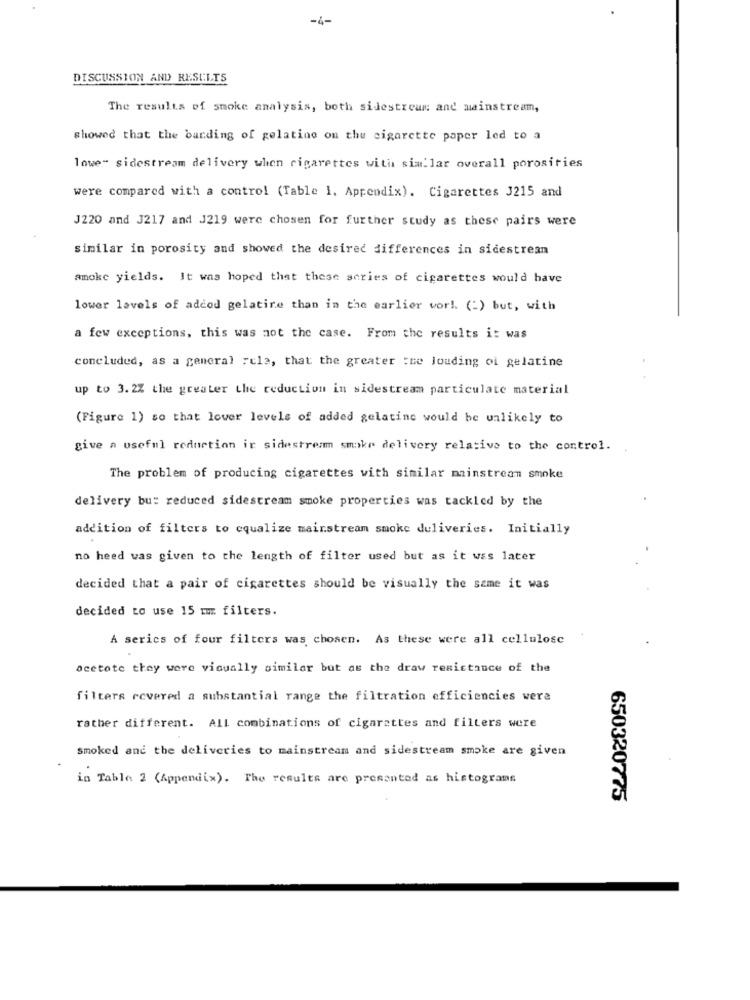
-4-
DISCUSSION AND RESULTS
The results of smoke analysis, both sidestream and mainstream,
showed that the banding of gelatino on thu cigarette paper led to a
lowe" sidestream delivery when cigarettes with similar overall porosities
were compared with a control (Table 1. Appendix). Cigarettes 3215 and
J220 and J217 and J219 were chosen for further study as these pairs were
similar in porosity and showed the desired differences in sicestrean
amoke yields. It was hoped that these series of cigarettes would have
lower levels of added gelatire than in the earlier wor !. (:) but, with
a few exceptions, this was not the case. From the results it was
concluded, as a general rela, that the greater :me louding oi gelatine
up to 3. 2% the greater the reduction in sidestream particulate material
(Figure 1) so that lower levels of added gelatine would be unlikely to
give a useful reduction ir sidestream smoke delivery relative to the control.
The problem of producing cigarettes vith similar mainstream smoke
delivery bu: reduced sidestream smoke properties was tackled by the
addition of filters to equalize mainstream smoke deliveries. Initially
no heed was given to the length of filter used but as it was later
decided that a pair of cigarettes should be visually the same it was
decided to use 15 mm filters.
A series of four filters was chosen. As these were all cellulose
ocetote they were visually similar but as the draw resistance of the
filters covered a substantial range the filtration efficiencies were
rather different. All combinations of cigarettes and filters were
smoked and the deliveries to mainstream and sidestream smoke are given
in Table 2 (Appendix). The results are presented as histograms
650320775